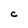
Character: C